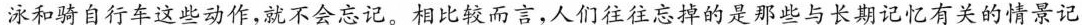
泳和骑自行车这些动作，就不会忘记。相比较而言，人们往往忘掉的是那些与长期记忆有关的情景记